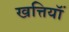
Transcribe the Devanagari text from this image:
खत्तियॉं